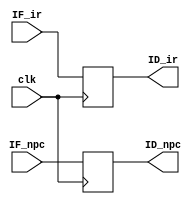
`ifndef _if_id_v_
`define _if_id_v_
`endif

module if_id(clk, IF_ir, IF_npc, ID_ir, ID_npc);
  input wire [31:0] IF_ir, IF_npc;
  output reg [31:0] ID_ir, ID_npc;
  input clk;

  always @(posedge clk) begin
    ID_ir <= IF_ir;
    ID_npc <= IF_npc;
  
  end
  
  //initialilze data for test
  initial begin
    ID_ir <= 0;
    ID_npc <= 0;
  end
  
endmodule